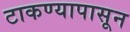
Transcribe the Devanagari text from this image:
टाकण्यापासून